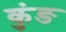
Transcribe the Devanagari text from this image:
कुंङ